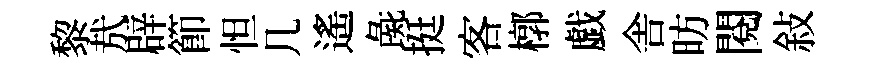
黎㢤辟節怛几遙彘挺客槨戯舎昉閱敍